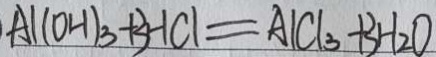
A l ( O H ) _ { 3 } + 3 H C l = A l C l _ { 3 } + 3 H _ { 2 } O